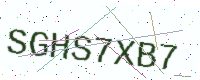
Text: SGHS7XB7